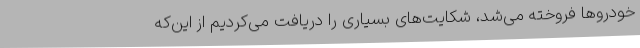
خودروها فروخته می‌شد، شکایت‌های بسیاری را دریافت می‌کردیم از این‌که